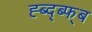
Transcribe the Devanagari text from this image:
ह्ब्द्ब्फ्ब